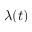
\lambda ( t )